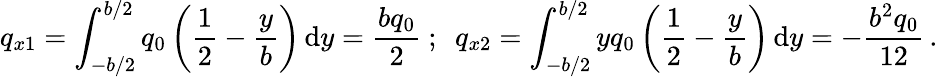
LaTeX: q_{x1}=\int_{-b/2}^{b/2}q_{0}\left({\frac{1}{2}}-{\frac{y}{b}}\right)\, {\mathrm{d}}y={\frac{bq_{0}}{2}}~;~~q_{x2}=\int_{-b/2}^{b/2}yq_{0}\left({\frac{1}{2}}-{\frac{y}{b}}\right)\, {\mathrm{d}}y=-{\frac{b^{2}q_{0}}{12}}\, .